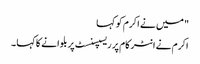
" میں نے اکرم کو کہا
اکرم نے انٹر کام پر ریسپسنسٹ پر بلوانے کا کہا ۔